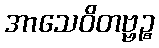
အာသေဝိတဗ္ဗဉ္စ